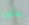
على